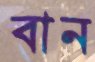
বান